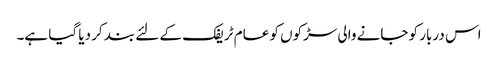
اس دربار کو جانے والی سڑکوں کو عام ٹریفک کے لئے بند کر دیا گیا ہے۔